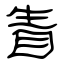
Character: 眚